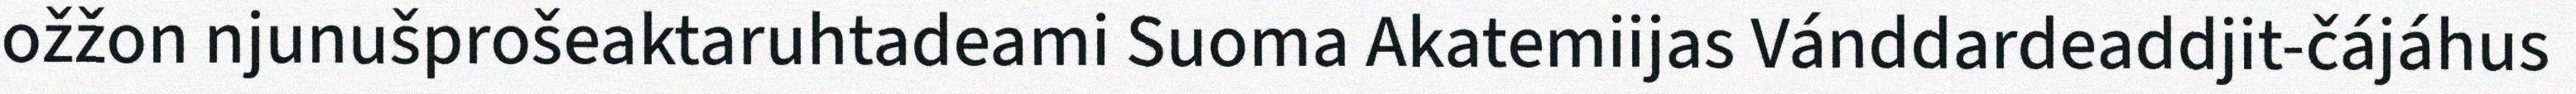
ožžon njunušprošeaktaruhtadeami Suoma Akatemiijas Vánddardeaddjit-čájáhus